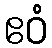
ဧဝံ